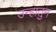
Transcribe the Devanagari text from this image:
उन्हातुन